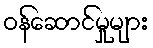
ဝန်ဆောင်မှုများ